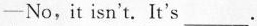
—No，it isn't，It's___.